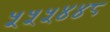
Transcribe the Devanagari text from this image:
५५५४४८